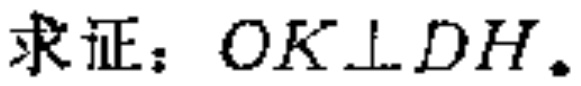
求证：$OK\perp DH$。